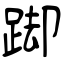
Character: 踋